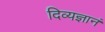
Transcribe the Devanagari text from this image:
दिव्यज्ञानं